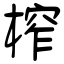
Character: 榨